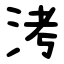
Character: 洘